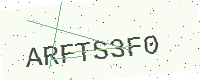
Text: ARFTS3F0